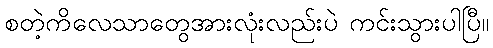
စတဲ့ကိလေသာတွေအားလုံးလည်းပဲ ကင်းသွားပါပြီ။